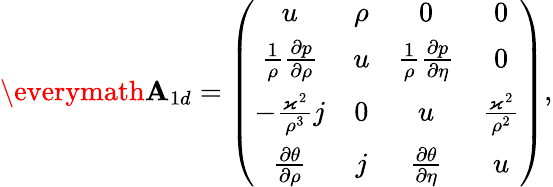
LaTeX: \begin{array}{r}{\everymath{\displaystyle}\mathbf{A}_{1d}=\left(\begin{array}{cccc}{u}&{\rho}&{0}&{0}\\ {\frac{1}{\rho}\frac{\partial p}{\partial\rho}}&{u}&{\frac{1}{\rho}\frac{\partial p}{\partial\eta}}&{0}\\ {-\frac{\varkappa^{2}}{\rho^{3}}j}&{0}&{u}&{\frac{\varkappa^{2}}{\rho^{2}}}\\ {\frac{\partial\theta}{\partial\rho}}&{j}&{\frac{\partial\theta}{\partial\eta}}&{u}\end{array}\right),}\end{array}